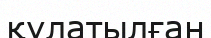
құлатылған